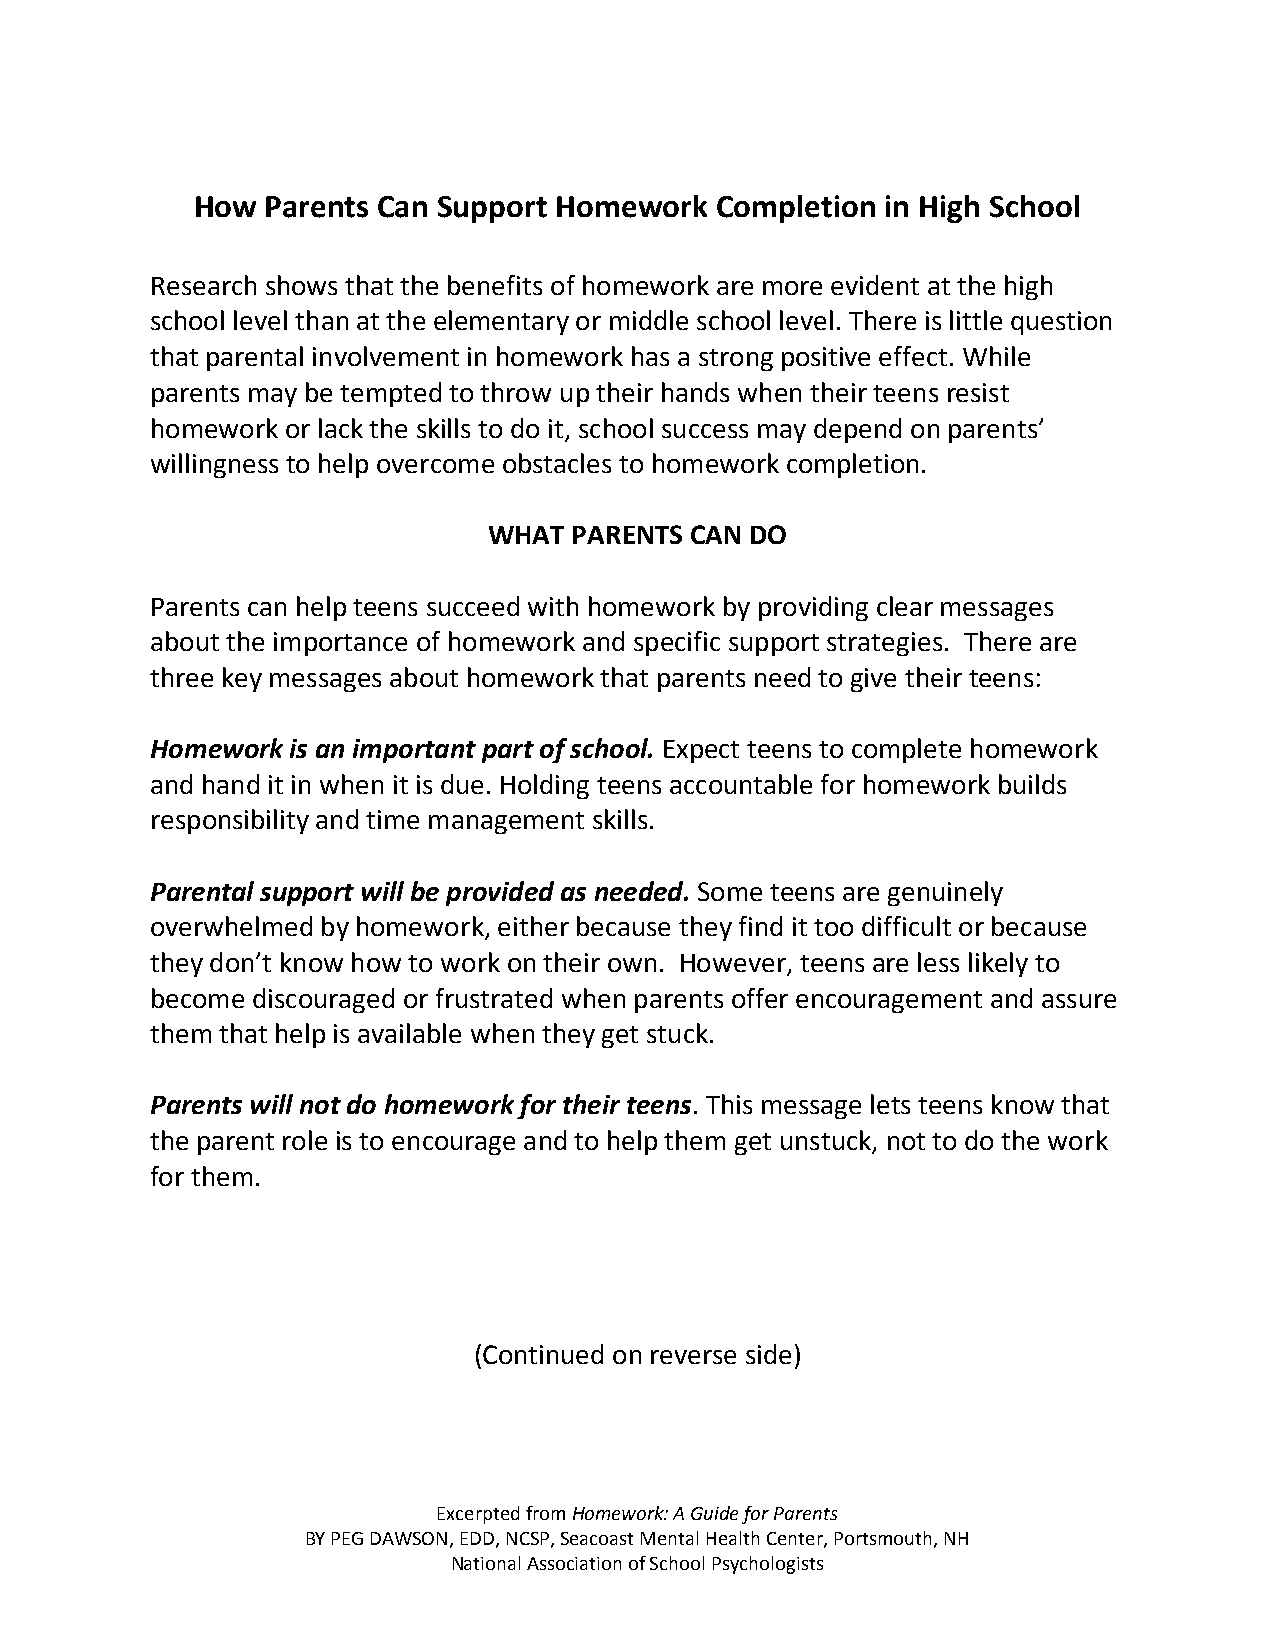
How  Parents Can Support Homework Completion  in High School
 Research shows that the benefits of homework are more evident at the high
 school level than at the elementary or middle school level. There is little question
 that parental involvement in homework has a strong positive effect. While
 parents may be tempted to throw up their hands when their teens resist
 homework or lack the skills to do it, school success may depend on parents’
 willingness to help overcome obstacles to homework completion.
 WHAT  PARENTS CAN DO
 Parents can help teens succeed with homework by providing clear messages
 about the importance of homework and specific support strategies. There are
 three key messages about homework that parents need to give their teens:
 Homework is an important part of school. Expect teens to complete homework
 and hand it in when it is due. Holding teens accountable for homework builds
 responsibility and time management skills.
 Parental support will be provided as needed. Some teens are genuinely
 overwhelmed by homework, either because they find it too difficult or because
 they don’t know how to work on their own. However, teens are less likely to
 become discouraged or frustrated when parents offer encouragement and assure
 them that help is available when they get stuck.
 Parents will not do homework for their teens. This message lets teens know that
 the parent role is to encourage and to help them get unstuck, not to do the work
 for them.
 (Continued on reverse side)
 Excerpted from Homework: A Guide for Parents
 BY PEG DAWSON, EDD, NCSP, Seacoast Mental Health Center, Portsmouth, NH
 National Association of School Psychologists